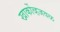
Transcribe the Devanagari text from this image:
खार्कोव्हजवळ